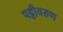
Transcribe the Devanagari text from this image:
पट्टीवरुण